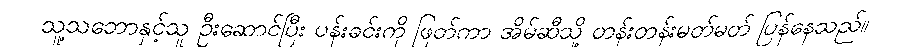
သူ့သဘောနှင့်သူ ဦးဆောင်ပြီး ပန်းခင်းကို ဖြတ်ကာ အိမ်ဆီသို့ တန်းတန်းမတ်မတ် ပြန်နေသည်။